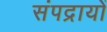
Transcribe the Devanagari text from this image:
संपद्रायों